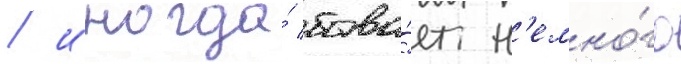
/ иногда́ быва́ет н'емно́го